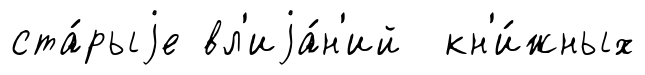
ста́рыjе вл'иjа́н'ий кн'и́жных